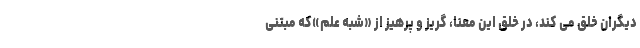
دیگران خلق می کند، در خلق این معنا، گریز و پرهیز از «شبه علم»که مبتنی